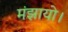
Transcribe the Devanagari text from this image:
मंझायो।